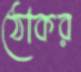
ঠোকর